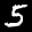
Label: 5